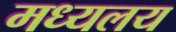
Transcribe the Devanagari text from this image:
मध्‍यलय